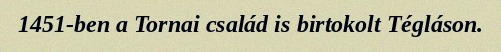
1451-ben a Tornai család is birtokolt Tégláson.